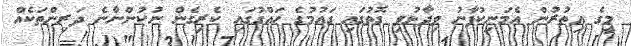
މީގެ އިތުރުން އެމަނިކުފާނު ވިދާޅުވި ގޮތުގައި ގައުމުގެ ހައްގުގައި ކެރިގެން ނުކުންނާނެ ދަރިންތަކެއް